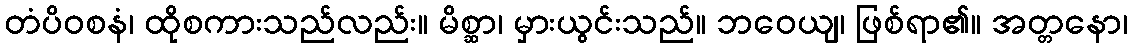
တံပိဝစနံ၊ ထိုစကားသည်လည်း။ မိစ္ဆာ၊ မှားယွင်းသည်။ ဘဝေယျ၊ ဖြစ်ရာ၏။ အတ္တနော၊